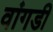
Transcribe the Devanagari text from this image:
वांगडी